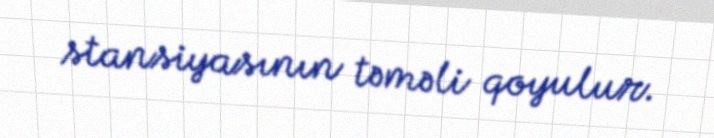
stansiyasının təməli qoyulur.